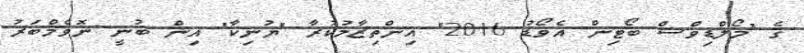
ގެ "މޯލްޑިވްސް ބޯޓިން އެވޯޑު 2016" އިންތިޒާމުކުރާ "ޔުނިކާ" އިން ބުނީ ނޮވެމްބަރު